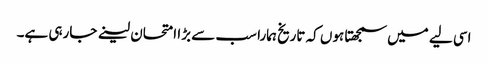
اسی لیے میں سمجھتا ہوں کہ تاریخ ہمارا سب سے بڑا امتحان لینے جارہی ہے۔